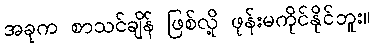
အခုက စာသင်ချိန် ဖြစ်လို့ ဖုန်းမကိုင်နိုင်ဘူး။